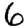
Digit: 6